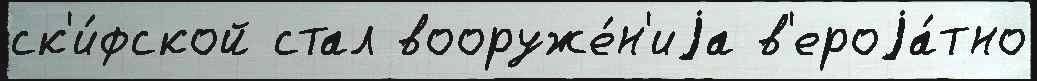
ск'и́фской стал вооруже́н'иjа в'ероjа́тно